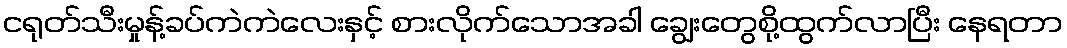
ငရုတ်သီးမှုန့်ခပ်ကဲကဲလေးနှင့် စားလိုက်သောအခါ ချွေးတွေစို့ထွက်လာပြီး နေရတာ